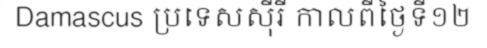
Damascus ប្រទេសស៊ីរី កាលពីថ្ងៃទី១២